Report on sanitation, dispensaries, and jails in Rajputana for 1911, and on vaccination for the year 1911-1912 - 1911-1912
Year: 1911
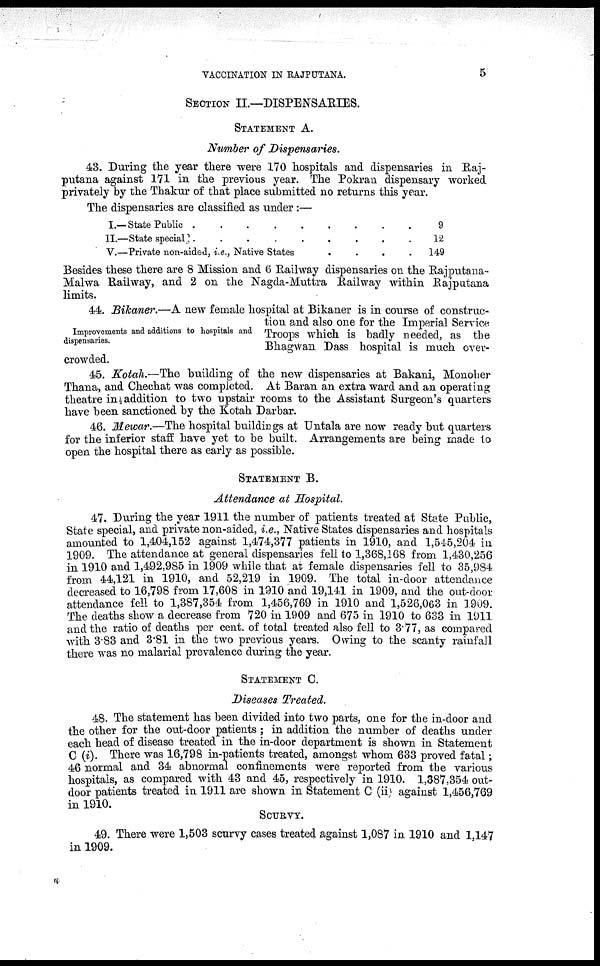
VACCINATION IN RAJPUTANA.
5
SECTION II.—DISPENSARIES.
STATEMENT A.
Number of Dispensaries.
43. During the year there were 170 hospitals and dispensaries in Raj-
putana against 171 in the previous year. The Pokran dispensary worked
privately by the Thakur of that place submitted no returns this year.
The dispensaries are classified as under :—
I.— State Public . . . . .
II.—State special
.
.
.
.
.
V.—Private non-aided, i.e., Native States . . .
9
12
149
Besides these there are 8 Mission and 6 Railway dispensaries on the Rajputana-
Malwa Railway, and 2 on the Nagda-Muttra Railway within Rajputana
limits.
Improvements and additions to hospitals and
dispensaries.
44. Bikaner.—A new female hospital at Bikaner is in course of construc-
tion and also one for the Imperial Service
Troops which is badly needed, as the
Bhagwan Dass hospital is much over-
crowded.
45. Kotah.—The building of the new dispensaries at Bakani, Monoher
Thana, and Chechat was completed. At Baran an extra ward and an operating
theatre in addition to two upstair rooms to the Assistant Surgeon's quarters
have been sanctioned by the Kotah Darbar.
46. Mewar.—The hospital buildings at Untala are now ready but quarters
for the inferior staff have yet to be built. Arrangements are being made to
open the hospital there as early as possible.
STATEMENT B.
Attendance at Hospital.
47. During the year 1911 the number of patients treated at State Public,
State special, and private non-aided, i.e., Native States dispensaries and hospitals
amounted to 1,404,152 against 1,474,377 patients in 1910, and 1,545,204 in
1909. The attendance at general dispensaries fell to 1,368,168 from 1,430,256
in 1910 and 1,492,985 in 1909 while that at female dispensaries fell to 35,984
from 44,121 in 1910, and 52,219 in 1909. The total in-door attendance
decreased to 16,798 from 17,608 in 1910 and 19,141 in 1909, and the out-door
attendance fell to 1,387,354 from 1,456,769 in 1910 and 1,526,063 in 1909.
The deaths show a decrease from 720 in 1909 and 675 in 1910 to 633 in 1911
and the ratio of deaths per cent. of total treated also fell to 3.77, as compared
with 3.83 and 3.81 in the two previous years. Owing to the scanty rainfall
there was no malarial prevalence during the year.
STATEMENT C.
Diseases Treated.
48. The statement has been divided into two parts, one for the in-door and
the other for the out-door patients ; in addition the number of deaths under
each head of disease treated in the in-door department is shown in Statement
C (i). There was 16,798 in-patients treated, amongst whom 633 proved fatal;
46 normal and 34 abnormal confinements were reported from the various
hospitals, as compared with 43 and 45, respectively in 1910. 1,387,354 out-
door patients treated in 1911 are shown in Statement C (ii) against 1,456,769
in 1910.
SCURVY.
49. There were 1,503 scurvy cases treated against 1,087 in 1910 and 1,147
in 1909.